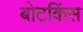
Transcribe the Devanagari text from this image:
बोटकिंस